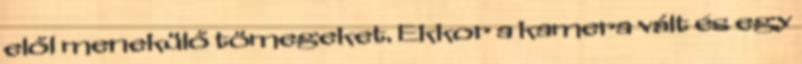
elől menekülő tömegeket. Ekkor a kamera vált és egy